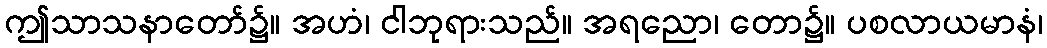
ဤသာသနာတော်၌။ အဟံ၊ ငါဘုရားသည်။ အရညော၊ တော၌။ ပစလာယမာနံ၊